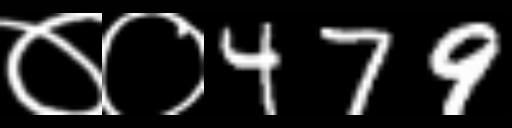
Text: ००479